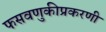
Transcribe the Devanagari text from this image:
फसवणुकीप्रकरणी